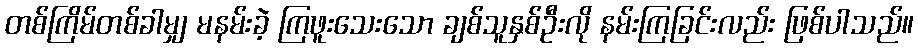
တစ်ကြိမ်တစ်ခါမျှ မနမ်းခဲ့ ကြဖူးသေးသော ချစ်သူနှစ်ဦးလို နမ်းကြခြင်းလည်း ဖြစ်ပါသည်။